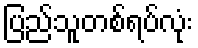
ပြည်သူတစ်ရပ်လုံး